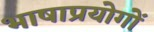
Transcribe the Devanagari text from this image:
भाषाप्रयोगों